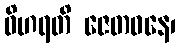
ဝိဟရတိ ဇေတဝနေ၊